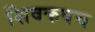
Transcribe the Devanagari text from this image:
शिवकवच